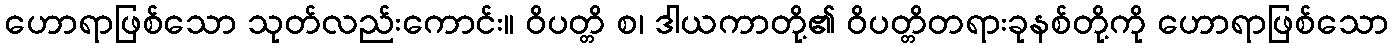
ဟောရာဖြစ်သော သုတ်လည်းကောင်း။ ဝိပတ္တိ စ၊ ဒါယကာတို့၏ ဝိပတ္တိတရားခုနစ်တို့ကို ဟောရာဖြစ်သော